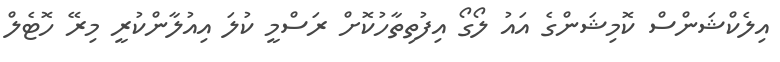
އިލެކްޝަންސް ކޮމިޝަންގެ އައު ލޯގޯ އިފުތިތާހުކޮށް ރަސްމީ ކުލަ އިއުލާންކުރީ މިރޭ ހޮޓެލް